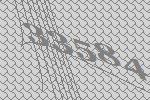
33584